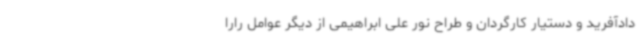
دادآفرید و دستیار کارگردان و طراح نور علی ابراهیمی از دیگر عوامل رارا